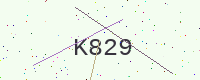
Text: K829